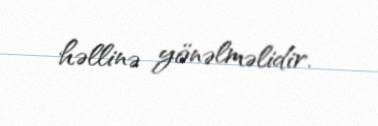
həllinə yönəlməlidir.